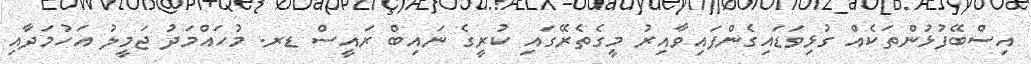
އިސްބޭފުޅުންތަކެއް ގުޅިވަޑައިގެންފައިވާއިރު މީގެތެރޭގައި ކުރީގެ ނައިބް ރައީސް ޑރ. މުހައްމަދު ޖަމީލު އަހުމަދާއި